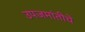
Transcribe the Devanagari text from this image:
उपजमांतीचे